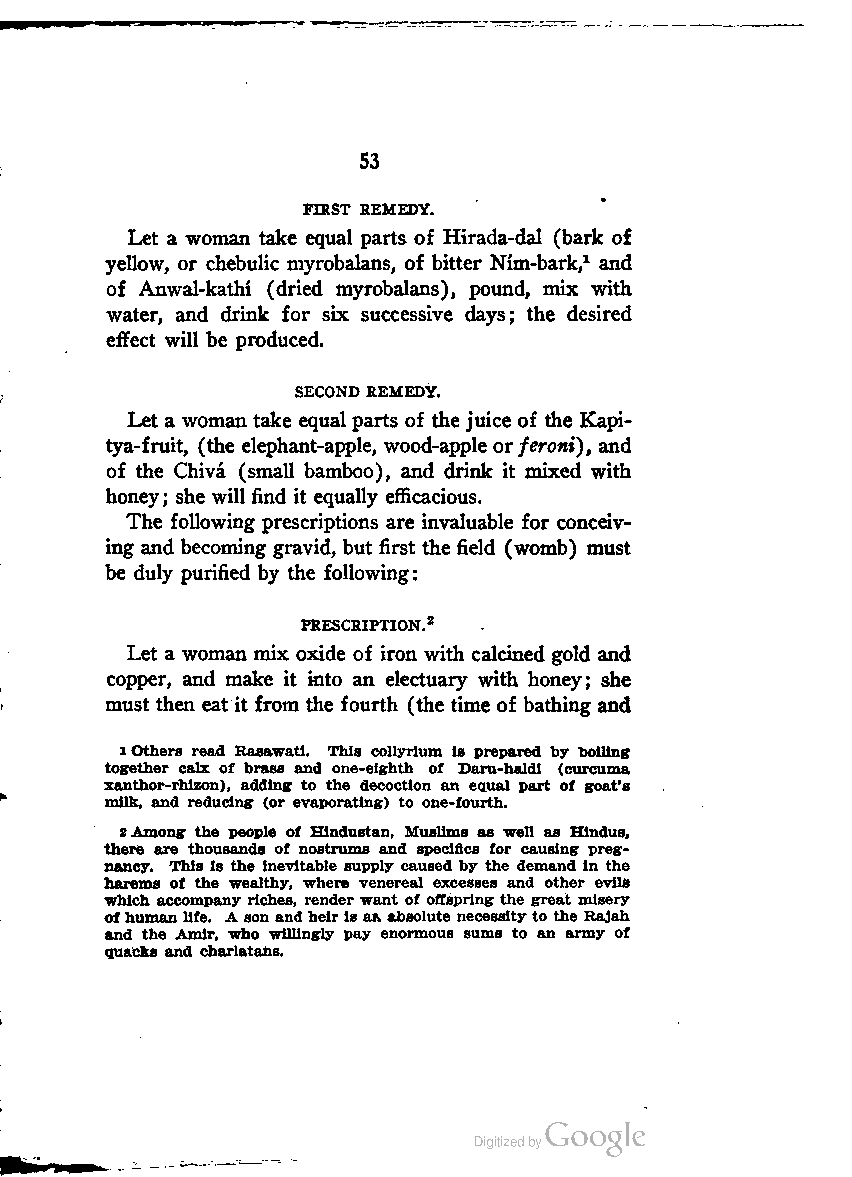
S3
 FIRST REMEDY.
 Let a woman take equal parts of Hirada-dal (bark of
 yellow, or chebulic myrobalans, of bitter Nim-bark,1 and
 of Anwal-katbi (dried myrobalans), pound, mix with
 water, and drink for six successive days; the desired
 effect will be produced.
 SECOND REMEDY.
 Let a woman take equal parts of the juice of the Kapi-
 tya-fruit, (the elephant-apple, wood-apple orferoni), and
 of the Chiva (small bamboo), and drink it mixed with
 honey; she will find it equally efficacious.
 The following prescriptions are invaluable for conceiv
 ing and becoming gravid, but first the field (womb) must
 be duly purified by the following:
 PRESCRIPTION.2
 Let a woman mix oxide of iron with calcined gold and
 copper, and make it into an electuary with honey; she
 must then eat it from the fourth (the time of bathing and
 1Others read Rasawati. This collyrium is prepared by boiling
 together calx of brass and one-eighth of Daru-haldi (curcuma
 xanthor-rhizon), adding to the decoction an equal part of goat's
 milk, and reducing (or evaporating) to one-fourth.
 2Among the people of Hindustan, Muslims as well as Hindus,
 there are thousands of nostrums and specifics for causing preg
 nancy. This is the inevitable supply caused by the demand in the
 harems of the wealthy, where venereal excesses and other evils
 which accompany riches, render want of offspring the great misery
 ofhumanlife. A son andheir is aft.absolute necessityto the Rajah
 and the Amir, who willingly pay enormous sums to an army of
 quacks and charlatans.